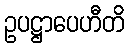
ဥပဋ္ဌာပေဟီတိ